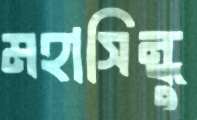
মহাসিন্ধু